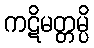
ကဋိမတ္တမ္ပိ